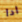
ادا